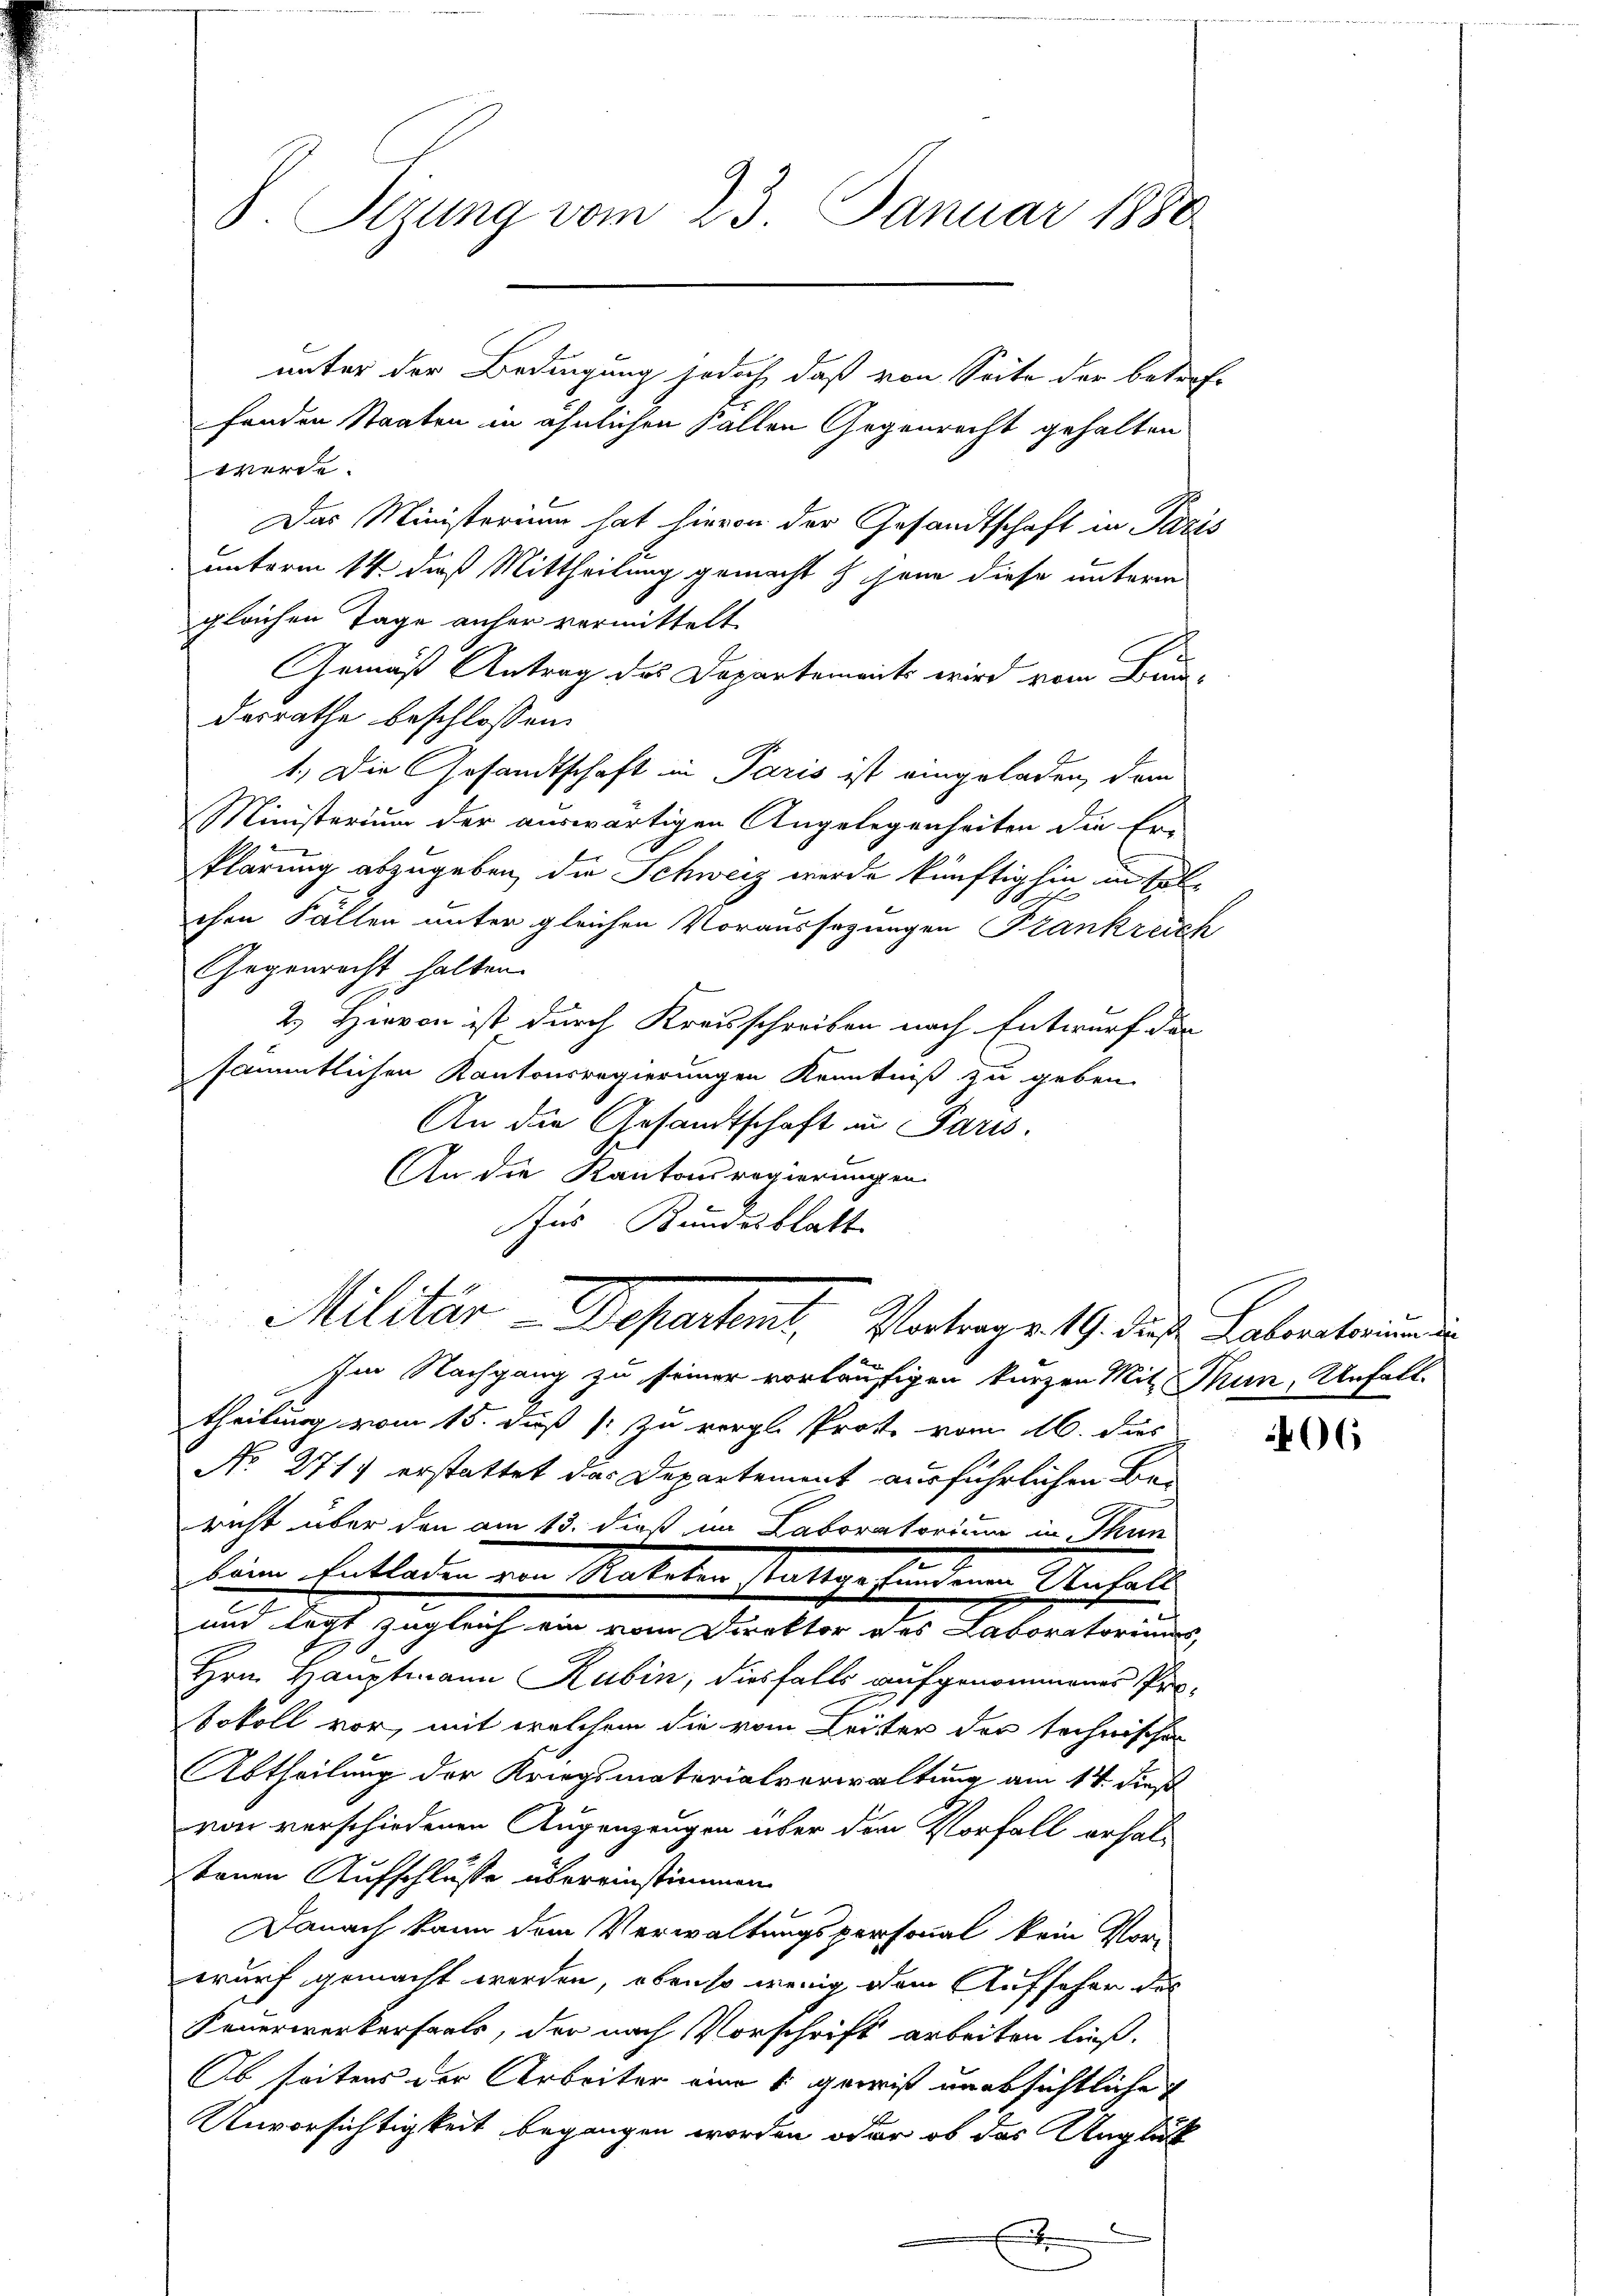
S. Tizung vom 23. Januar 1880

fanden Staaten in ähnlichen Fallen Gegenrecht gehalten
werde.
Das Ministerium hat hievon der Gesandtschaft in Pazis
unterm 14. daß Mittheilung gemacht zu han diese unterm
gleichen Tage anher vermittelt
Gemäß Antrag des Departements wird vom Bundesrathe beschlossen:
1.) Die Gesandtschaft in Paris ist eingeladen, dem
Ministerium der auswärtigen Angelegenheiten die Er-
klärung abzugeben, die Schweiz werde künftighin in solchen Fällen unter gleichen Voraussagungen Frankreich
Gegenrecht halten.
2.) Hievon ist durch Kreisschreiben nach Entwurf der
sämmtlichen Kantonsregierungen Kenntniß zu geben.
An die Gesandtschaft in Paris.
An die Kantonsregierungen
Ins Bundesblatt
Militär-Departent. Vortrage 19. des Lebenheimni
Im Nachgang zu seiner vorläufigen kurzen Mit Thun, Unfall
theilung vom 15. daß  zu vergl. Prof. vom 16. dies
No. 271) erstattet das Departement ausführlichen Be-
richt über den am 13. dieß im Laboratorium in Thun
keine Entladen von Rateten stätige findene Anfals
und legt zugleich ein vom Direktor des Laboratoriums
Hrn. Hauptmann Rubin, diesfalls aufgenommenes Protokoll vor, mit welchem die vom Leiter der technischen
Abtheilung der Kriegsmaterialverwaltung am 14. dieß
von verschiedenen Augenzeugen über dem Vorfall erhal-
tenen Aufschlüsse übereinstimmen.
.
Danach kann dem Verwaltungspersonal kein Vorwurf gemacht werden, obenso wenig dem Aufseher des
Feuerwerkersaals, der nach Vorschrift arbeiten ließ.
Ob seitens der Arbeiter eine 5 gewiß unabsichtliche
Unvorsichtigkeit begangen worden oder ob das Unglück
x

unter der Bedingung jedoch, daß von Seite der betref-

06